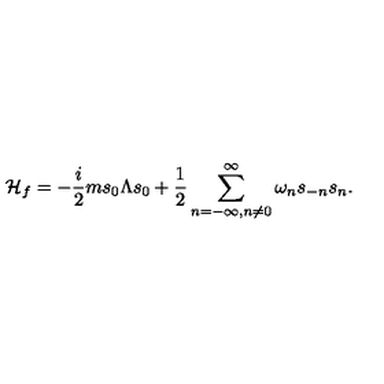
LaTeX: { \cal H } _ { f } = - { \frac { i } { 2 } } m s _ { 0 } \Lambda s _ { 0 } + { \frac { 1 } { 2 } } \sum _ { n = - \infty , n \neq 0 } ^ { \infty } \omega _ { n } s _ { - n } s _ { n } .